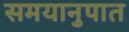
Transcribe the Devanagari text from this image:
समयानुपात